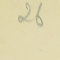
26